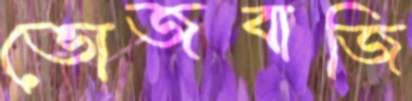
ভোজবাজি